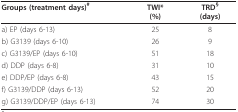
| Groups (treatment days)# | TWI*(%) | TRD§(days) |
 | --- | --- | --- |
 | a) EP (days 6-13) | 25 | 8 |
 | b) G3139 (days 6-10) | 26 | 9 |
 | c) G3139/EP (days 6-10) | 51 | 18 |
 | d) DDP (days 6-8) | 31 | 10 |
 | e) DDP/EP (days 6-8) | 43 | 15 |
 | f) G3139/DDP (days 6-13) | 52 | 20 |
 | g) G3139/DDP/EP (days 6-13) | 74 | 30 |